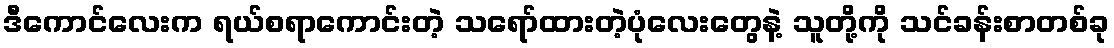
ဒီကောင်လေးက ရယ်စရာကောင်းတဲ့ သရော်ထားတဲ့ပုံလေးတွေနဲ့ သူတို့ကို သင်ခန်းစာတစ်ခု